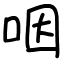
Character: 咽